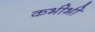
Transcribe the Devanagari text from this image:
कभीभी